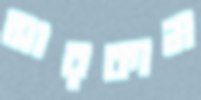
সারকাম